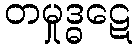
တမှုဒ္ဓဋေ